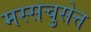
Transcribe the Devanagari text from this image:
मस्सचुसेत्त